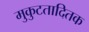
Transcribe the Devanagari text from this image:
मुकुटतादितक